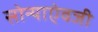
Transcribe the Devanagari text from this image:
सोन्याऐवजी